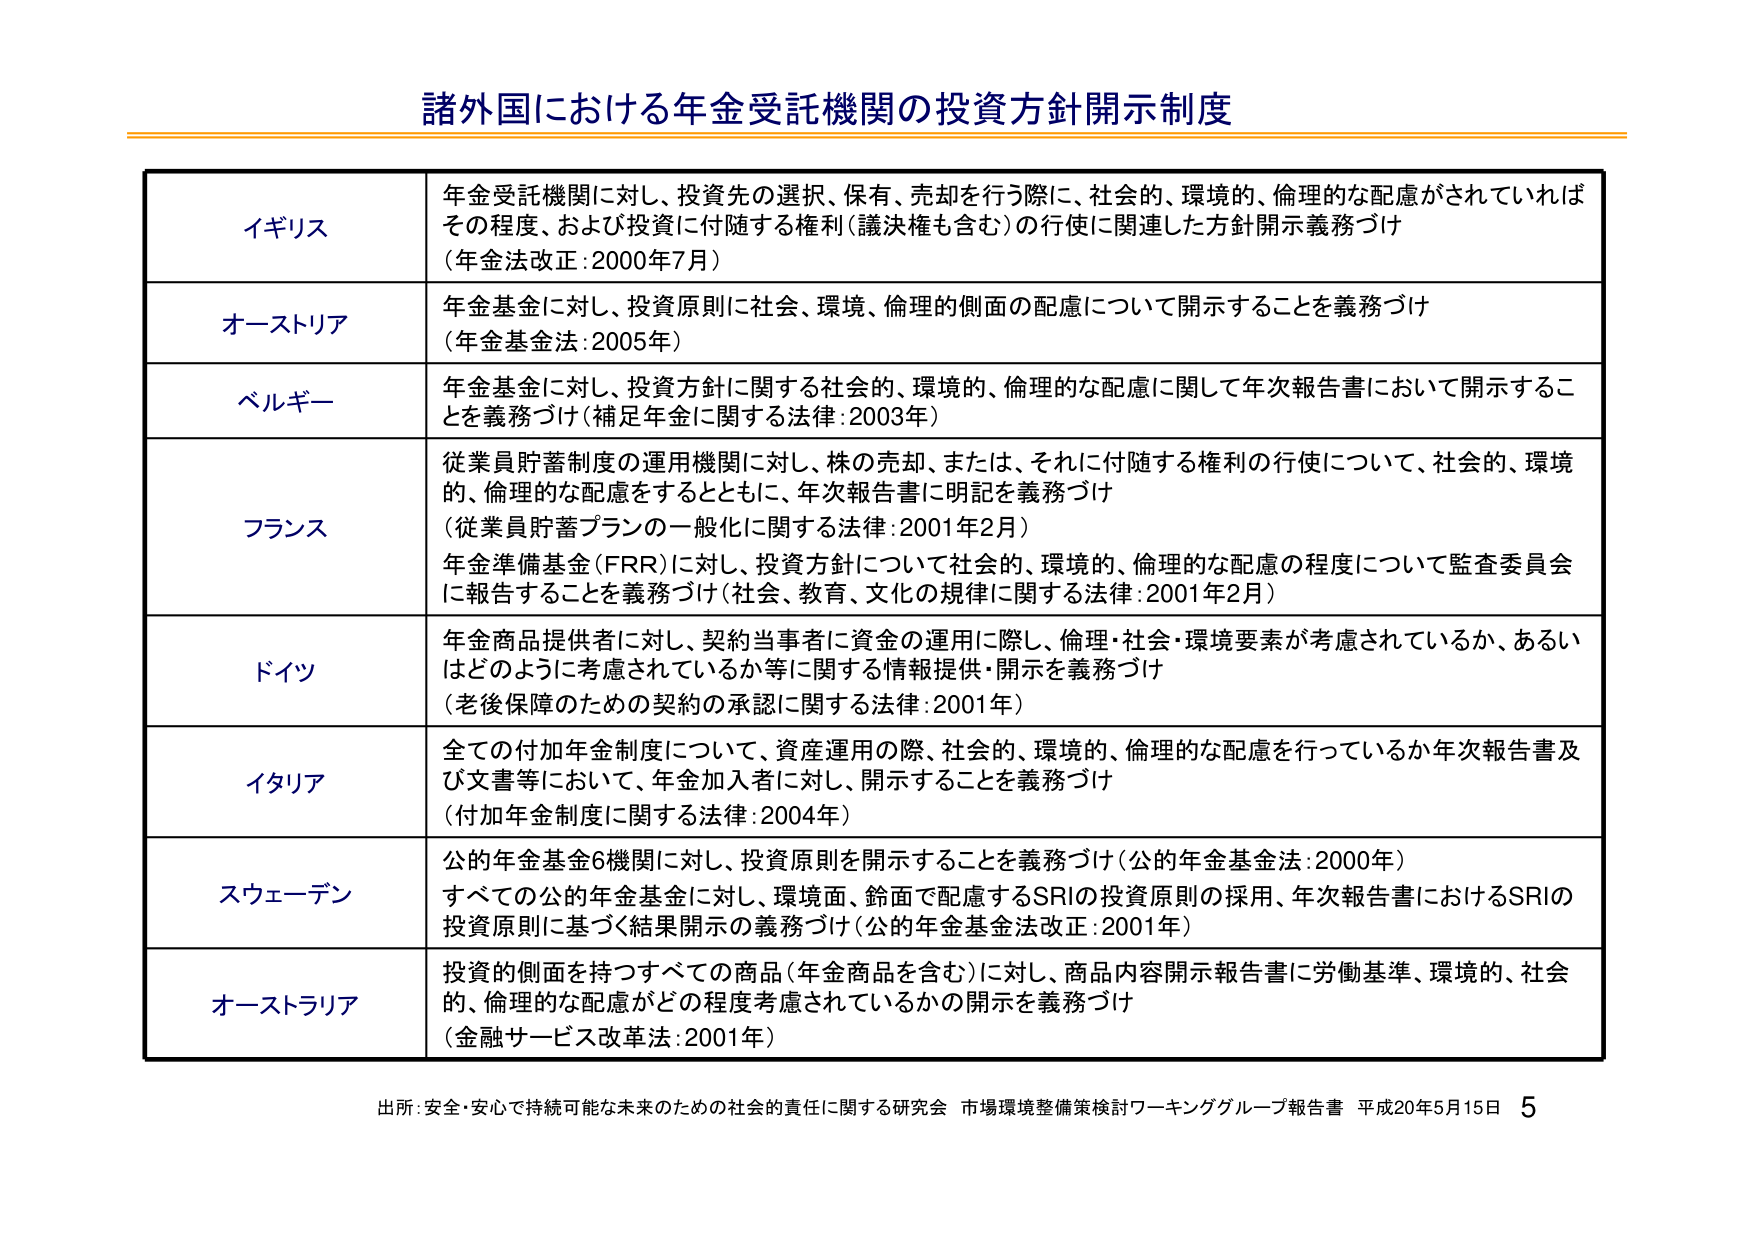
諸外国における年金受託機関の投資方針開示制度

イギリス
年金受託機関に対し、投資先の選択、保有、売却を行う際に、社会的、環境的、倫理的な配慮がされていればその程度、および投資に付随する権利（議決権も含む）の行使に関連した方針開示義務づけ
（年金法改正：2000年7月）

オーストリア
年金基金に対し、投資原則に社会、環境、倫理的側面の配慮について開示することを義務づけ
（年金基金法：2005年）

ベルギー
年金基金に対し、投資方針に関する社会的、環境的、倫理的な配慮に関して年次報告書において開示することを義務づけ（補足年金に関する法律：2003年）

フランス
従業員貯蓄制度の運用機関に対し、株の売却、または、それに付随する権利の行使について、社会的、環境的、倫理的な配慮をするとともに、年次報告書に明記を義務づけ
（従業員貯蓄プランの一般化に関する法律：2001年2月）
年金準備基金（FRR）に対し、投資方針について社会的、環境的、倫理的な配慮の程度について監査委員会に報告することを義務づけ（社会、教育、文化の規律に関する法律：2001年2月）

ドイツ
年金商品提供者に対し、契約当事者に資金の運用に際し、倫理・社会・環境要素が考慮されているか、あるいはどのように考慮されているか等に関する情報提供・開示を義務づけ
（老後保障のための契約の承認に関する法律：2001年）

イタリア
全ての付加年金制度について、資産運用の際、社会的、環境的、倫理的な配慮を行っているか年次報告書及び文書等において、年金加入者に対し、開示することを義務づけ
（付加年金制度に関する法律：2004年）

スウェーデン
公的年金基金6機関に対し、投資原則を開示することを義務づけ（公的年金基金法：2000年）
すべての公的年金基金に対し、環境面、鈴面で配慮するSRIの投資原則の採用、年次報告書におけるSRIの投資原則に基づく結果開示の義務づけ（公的年金基金法改正：2001年）

オーストラリア
投資的側面を持つすべての商品（年金商品を含む）に対し、商品内容開示報告書に労働基準、環境的、社会的、倫理的な配慮がどの程度考慮されているかの開示を義務づけ
（金融サービス改革法：2001年）

出所：安全・安心で持続可能な未来のための社会的責任に関する研究会 市場環境整備策検討ワーキンググループ報告書 平成20年5月15日 5